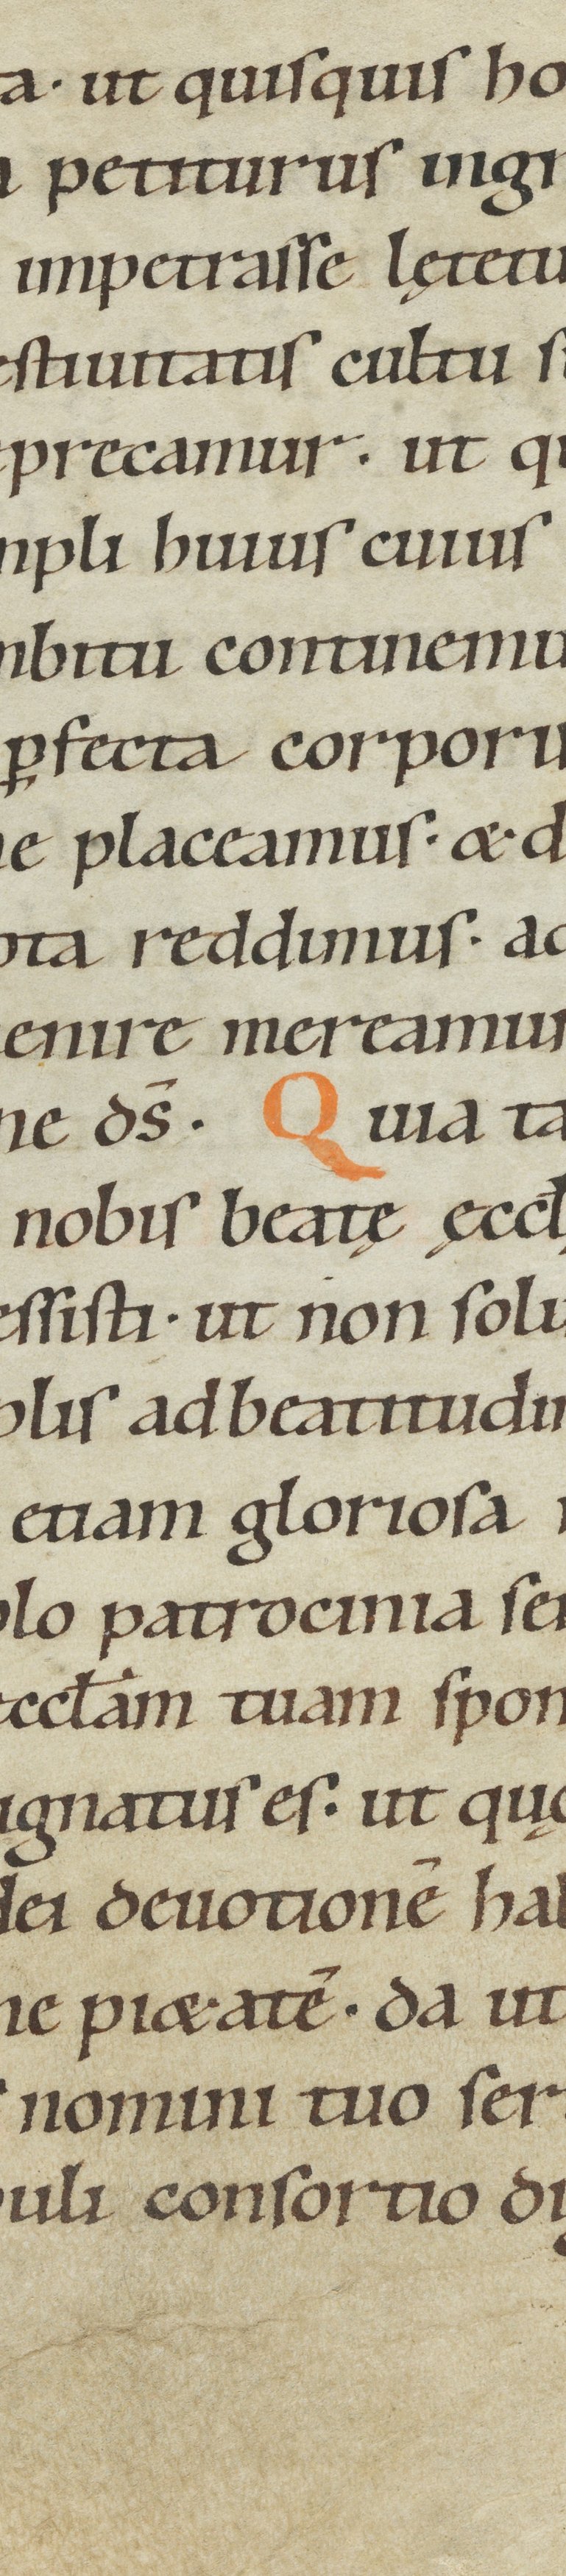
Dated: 1000–1099